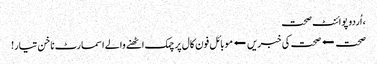
، اُردو پوائنٹ صحت
صحت ⬅صحت کی خبریں⬅موبائل فون کال پر چمک اٹھنے والے اسمارٹ ناخن تیار!